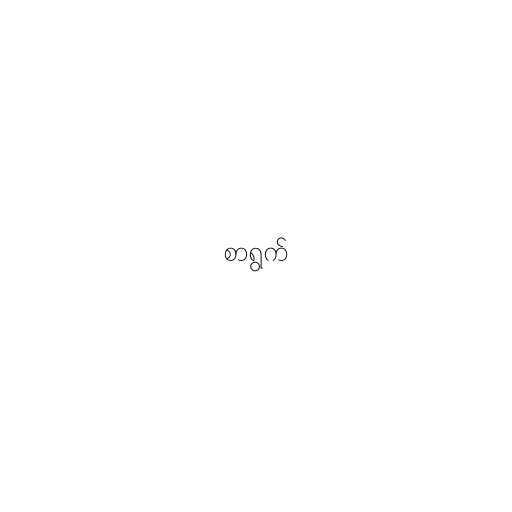
စာရွက်